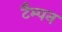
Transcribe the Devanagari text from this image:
टैम्पन